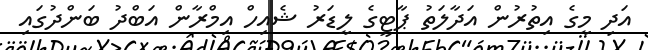
އަދި މީގެ އިތުރުން އަދާލަތު ޕާޓީގެ ލީޑަރު ޝެއިހް އިމްރާން އަބްދު ބަންދުގައި